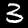
Label: 3